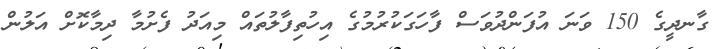
ގާނދީގެ 150 ވަނަ އުފަންދުވަސް ފާހަގަކުރުމުގެ އިހުތިފާލުތައް މިއަދު ފެށުމާ ދިމާކޮށް އަލުން